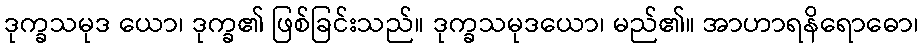
ဒုက္ခသမုဒ ယော၊ ဒုက္ခ၏ ဖြစ်ခြင်းသည်။ ဒုက္ခသမုဒယော၊ မည်၏။ အာဟာရနိရောဓော၊